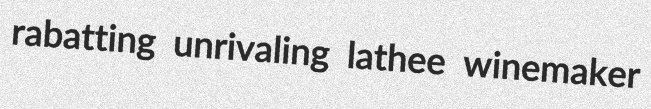
rabatting unrivaling lathee winemaker